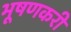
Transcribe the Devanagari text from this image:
भूषणकरी